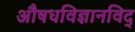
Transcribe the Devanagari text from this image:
अाैषधविज्ञानविद्